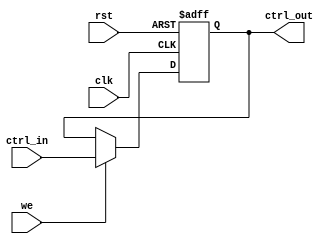
module control_register #(
    parameter N = 8 // Define the size of the control register (N bits)
)(
    input wire clk,                 // Clock signal
    input wire rst,                 // Asynchronous reset signal
    input wire [N-1:0] ctrl_in,     // Multi-bit control input
    input wire we,                  // Write enable signal
    output reg [N-1:0] ctrl_out     // Multi-bit control output
);

// Asynchronous reset and sequential logic for control register
always @(posedge clk or posedge rst) begin
    if (rst) begin
        ctrl_out <= {N{1'b0}}; // Reset control register to all zeros
    end else if (we) begin
        ctrl_out <= ctrl_in;   // Update control register with control input
    end
    // If we is low, retain the previous value (no action needed)
end

endmodule